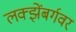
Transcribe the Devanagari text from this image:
लक्झेंबर्गवर